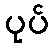
ပုပ်